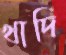
খাদি